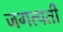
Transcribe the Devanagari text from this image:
जगत्पती